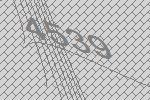
4539